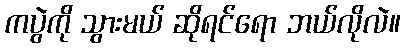
ကပွဲကို သွားမယ် ဆိုရင်ရော ဘယ်လိုလဲ။